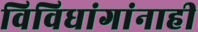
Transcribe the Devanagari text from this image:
विविधांगांनाही